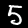
Label: 5